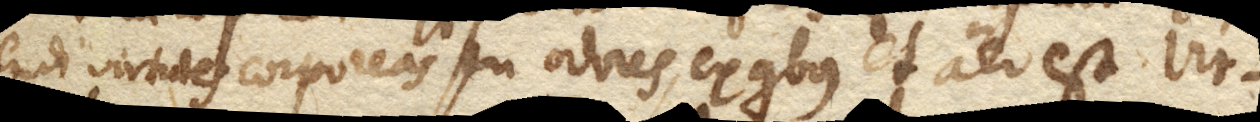
endi virtutes corporeas seu odores, ex quibus et aer est. Vir–